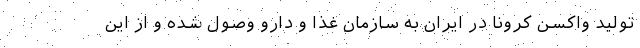
تولید واکسن کرونا در ایران به سازمان غذا و دارو وصول شده و از این